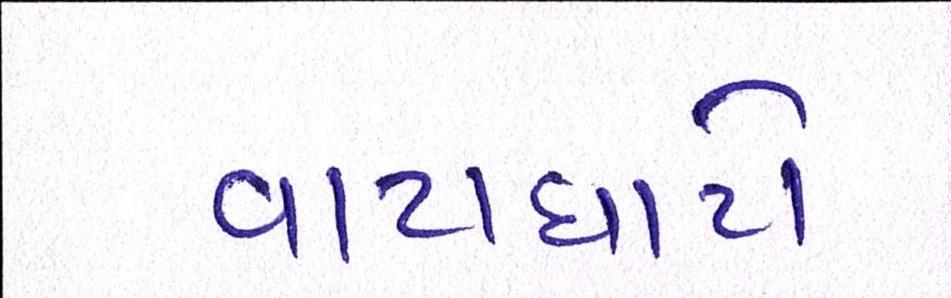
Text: વાટાઘાટો